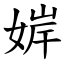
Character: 婩